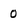
Character: 0